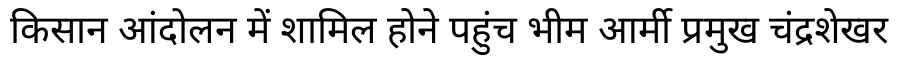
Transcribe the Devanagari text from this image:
किसान आंदोलन में शामिल होने पहुंच भीम आर्मी प्रमुख चंद्रशेखर